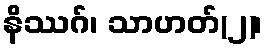
နိဿဂ်၊ သာဟတ်(၂)၊